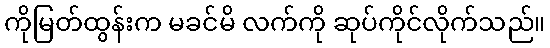
ကိုမြတ်ထွန်းက မခင်မိ လက်ကို ဆုပ်ကိုင်လိုက်သည်။